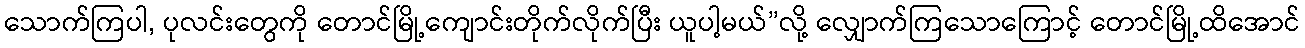
သောက်ကြပါ, ပုလင်းတွေကို တောင်မြို့ကျောင်းတိုက်လိုက်ပြီး ယူပါ့မယ်”လို့ လျှောက်ကြသောကြောင့် တောင်မြို့ထိအောင်